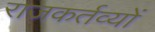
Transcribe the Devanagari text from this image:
राजकर्तव्यों